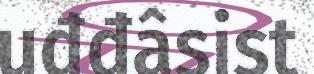
uđđâsist